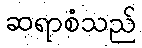
ဆရာစံသည်